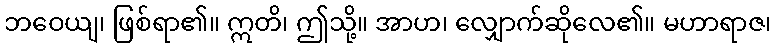
ဘဝေယျ၊ ဖြစ်ရာ၏။ ဣတိ၊ ဤသို့။ အာဟ၊ လျှောက်ဆိုလေ၏။ မဟာရာဇ၊